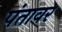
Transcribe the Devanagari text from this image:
पंतावर